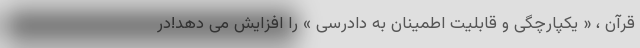
قرآن ، « یکپارچگی و قابلیت اطمینان به دادرسی » را افزایش می دهد!در